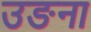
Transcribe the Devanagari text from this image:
उङना